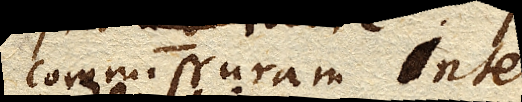
commissuram inter